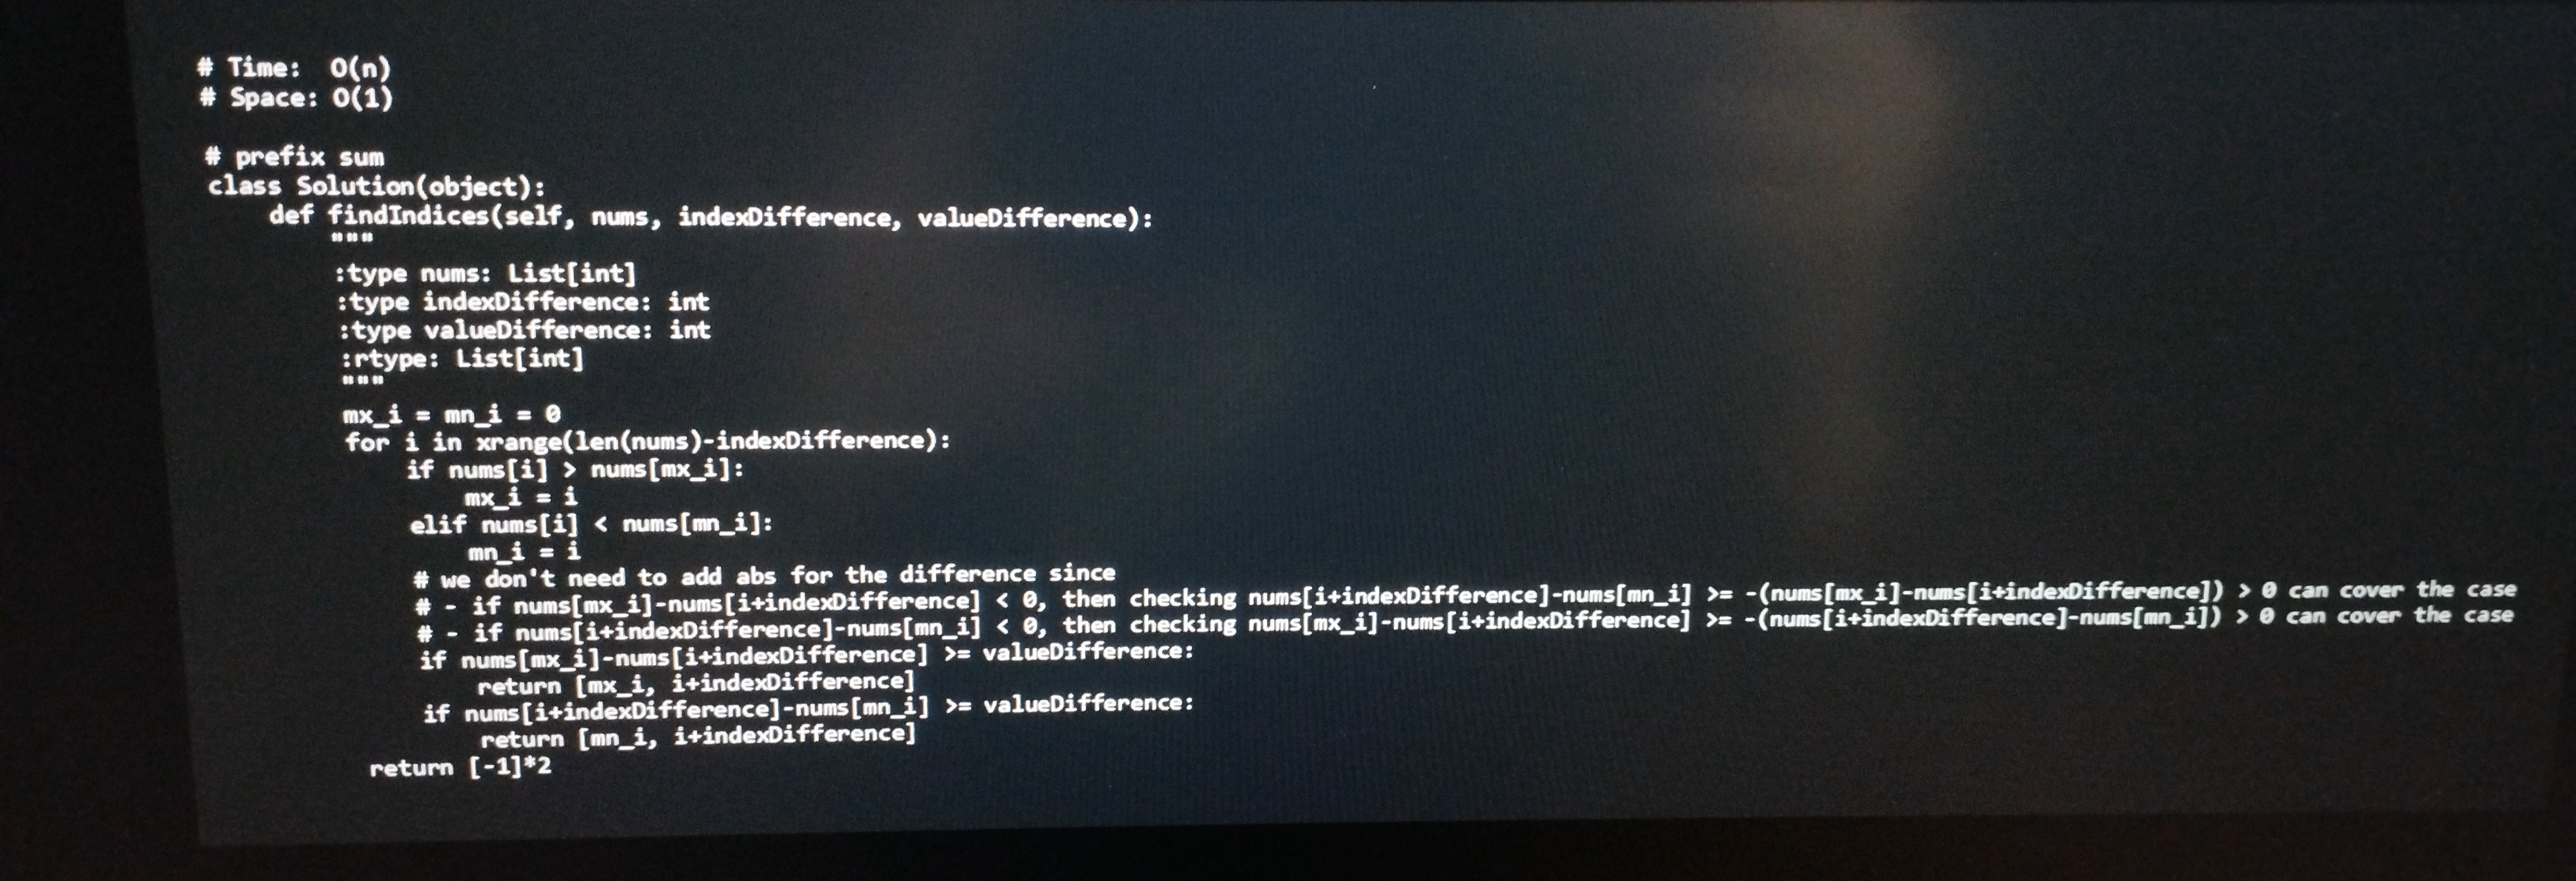
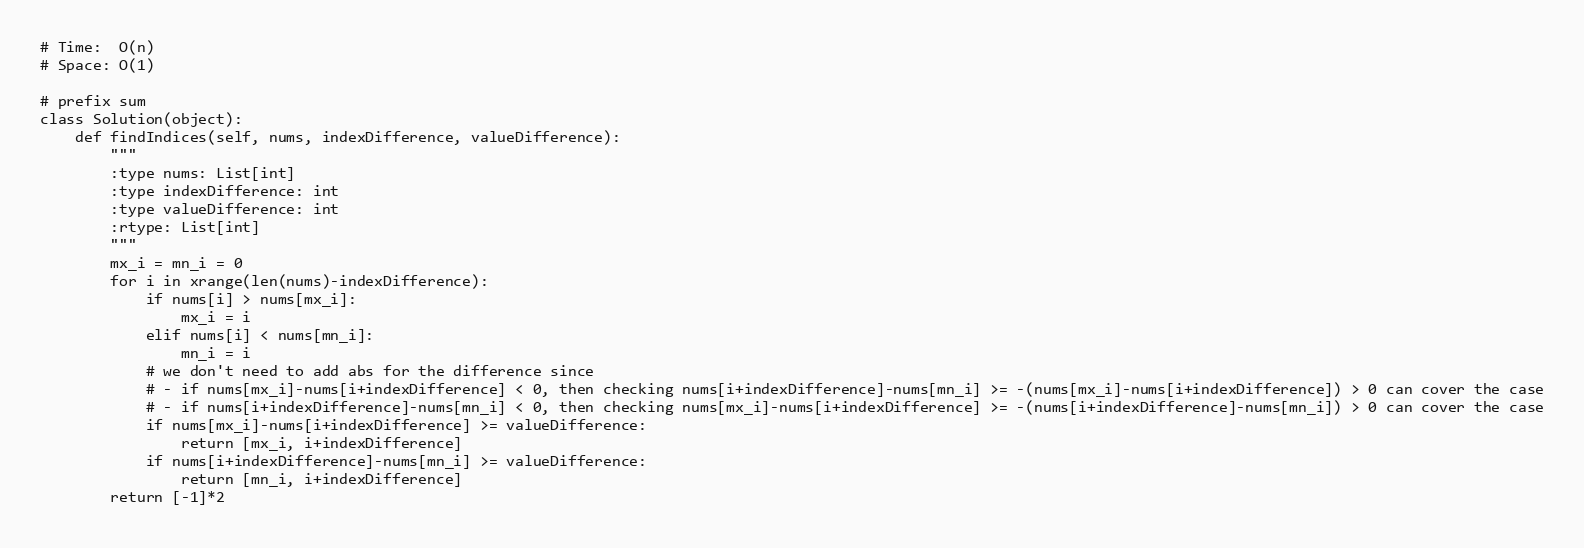
# Time:  O(n)
# Space: O(1)

# prefix sum
class Solution(object):
    def findIndices(self, nums, indexDifference, valueDifference):
        """
        :type nums: List[int]
        :type indexDifference: int
        :type valueDifference: int
        :rtype: List[int]
        """
        mx_i = mn_i = 0
        for i in xrange(len(nums)-indexDifference):
            if nums[i] > nums[mx_i]:
                mx_i = i
            elif nums[i] < nums[mn_i]:
                mn_i = i
            # we don't need to add abs for the difference since
            # - if nums[mx_i]-nums[i+indexDifference] < 0, then checking nums[i+indexDifference]-nums[mn_i] >= -(nums[mx_i]-nums[i+indexDifference]) > 0 can cover the case
            # - if nums[i+indexDifference]-nums[mn_i] < 0, then checking nums[mx_i]-nums[i+indexDifference] >= -(nums[i+indexDifference]-nums[mn_i]) > 0 can cover the case
            if nums[mx_i]-nums[i+indexDifference] >= valueDifference:
                return [mx_i, i+indexDifference]
            if nums[i+indexDifference]-nums[mn_i] >= valueDifference:
                return [mn_i, i+indexDifference]
        return [-1]*2